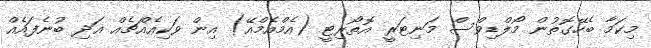
މިކަމާ ބެހޭގޮތުން މޯލްޑިވްސް މަނިޓަރީ އޮތޯރިޓީ (އެމްއެމްއޭ) އިން ވަކިއެއްޗެއް އަދި ބުނެފައެއް